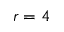
r = 4